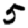
Digit: 5